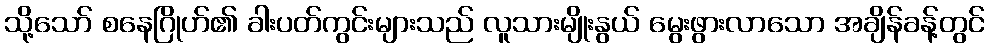
သို့သော် စနေဂြိုဟ်၏ ခါးပတ်ကွင်းများသည် လူသားမျိုးနွယ် မွေးဖွားလာသော အချိန်ခန့်တွင်